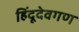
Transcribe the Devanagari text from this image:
हिंदूदेवगण